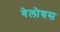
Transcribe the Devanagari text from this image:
गेलोयस